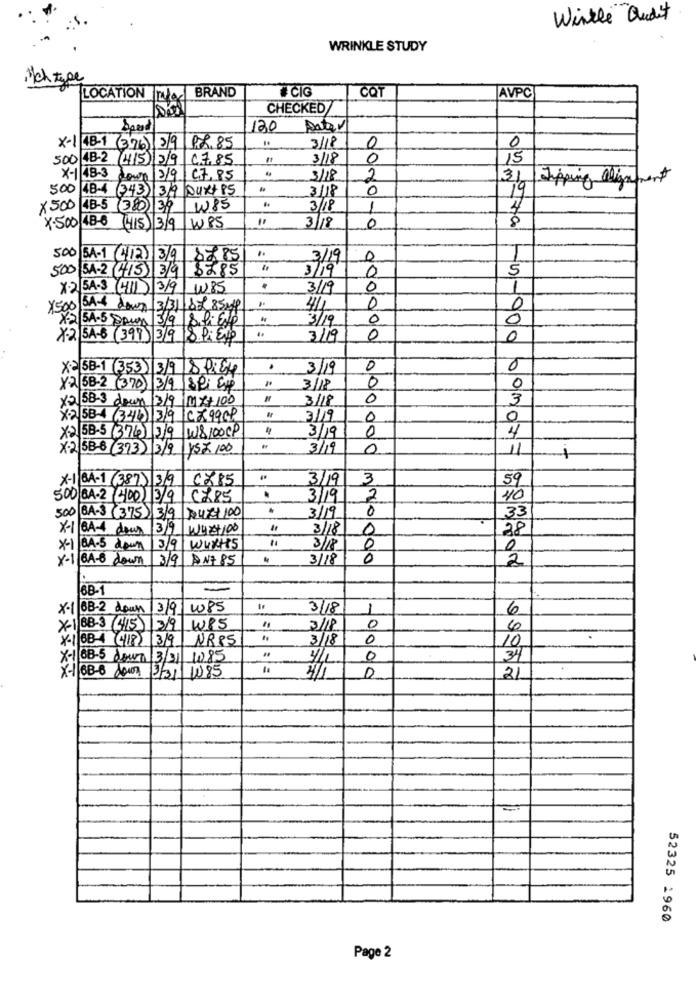
Winkle audit
WRINKLE STUDY
Ich type
CIG
COT
LOCATION BRAND
AVPC
CHECKED
120 Dator
3/18
X-1 48-1 (376) 3/9 98.85
0
0
500 48-2 4/5 3/9 47.85
3/18
0
15
X-1 48-3 down 3/9 C7.85
3/18
2
31 Tipping alignment
500 48-4 (343) 3/9 DURY PS
3/18
0
19
X 500 48-5 (380) 39
W85
3/18
1
4
7.500/48-6 (15) 3/9
WPS
3/18
0
500 SA-1 (412) 3/9
8885
0
500 3A-2(415) 3/9 8285
3/19
0
5
X-2 5A-3 4111 3/9 W.85
3/19
0
1
×500 SAT down
3/3118785Ml
4/1
0
0
X2 5A-5 Pour 3/9|8 fi Et
3/19
0
0
X-2 5A-6 ( 397) 3/9 |& Pi Er
3/19
0
0
X= 58-1 (353) 3/9 8 :54
.
3/19
0
0
0
X2 5B-2 (370) 3/9 | &P; CH
3/18
0
x2 58-3 down |3/9 |11 x+ 100
3/18
0
3
X2 58-4 (346) 3/9 /CZ9999
3/19
0
0
3/19
4
X2 5B-5 (374) 3/9 W8100CP
0
X-2 58-6 (373) 3/9
Y Z 100
3/19
0
11
X-1 BA-1 (387) 39
6785
3/19
3
59
500 BA-2 400 13/9
CX85
3/19
2
40
0
500 BA-3 ( 375) 3/9 4R$ 100
3/19
33
X-1 BA- down 3/9 WIR+100
3/18
0
28
X-1 B.A.5 down 3/9|WUXH'S
"1
3/18
0
0
X-1 BA-6 down
3/9 AN7 85
3/18
0
2
168-1
=
x-1 BB-2 down 3/9 185
3/18
1
6
X-1 BB-3 (415) 3/9 W85
11
3/18
0
6
X-1 08 (18) 319 NR85
3/18
0
10
X-1 68-5 dour 3/31 1085
0
34
X-1 68-6 2007 3/31 1085
4/1
D
2
52325 1960
Page 2